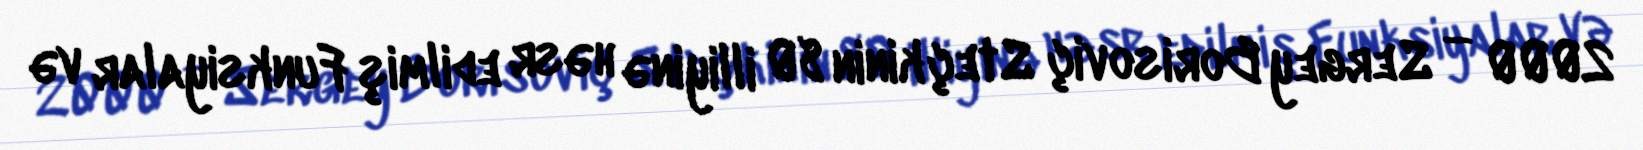
2000 — Sergey Borisoviç Steçkinin 80 illiyinə həsr edilmiş Funksiyalar və